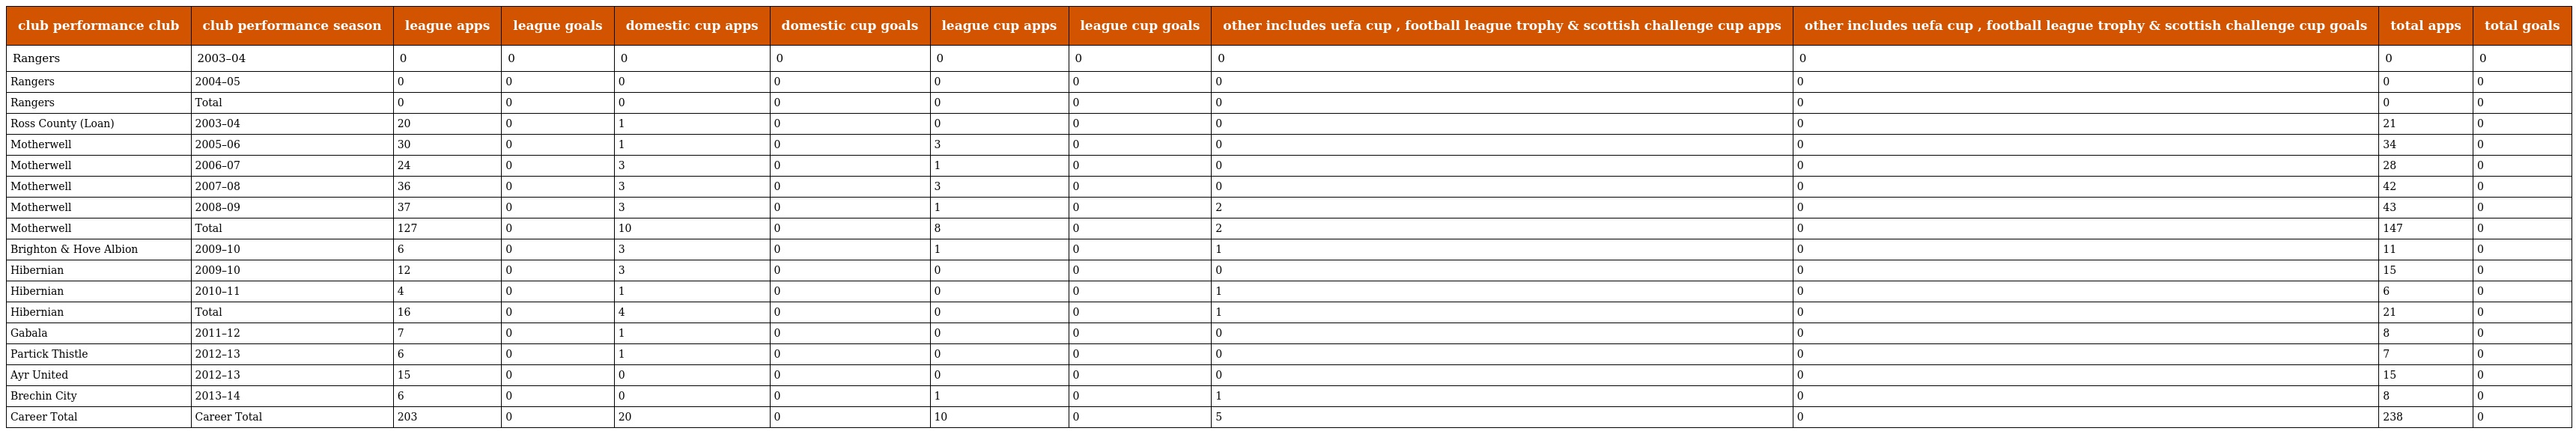
| club performance club | club performance season | league apps | league goals | domestic cup apps | domestic cup goals | league cup apps | league cup goals | other includes uefa cup , football league trophy & scottish challenge cup apps | other includes uefa cup , football league trophy & scottish challenge cup goals | total apps | total goals |
 | --- | --- | --- | --- | --- | --- | --- | --- | --- | --- | --- | --- |
 | Rangers | 2003–04 | 0 | 0 | 0 | 0 | 0 | 0 | 0 | 0 | 0 | 0 |
 | Rangers | 2004–05 | 0 | 0 | 0 | 0 | 0 | 0 | 0 | 0 | 0 | 0 |
 | Rangers | Total | 0 | 0 | 0 | 0 | 0 | 0 | 0 | 0 | 0 | 0 |
 | Ross County (Loan) | 2003–04 | 20 | 0 | 1 | 0 | 0 | 0 | 0 | 0 | 21 | 0 |
 | Motherwell | 2005–06 | 30 | 0 | 1 | 0 | 3 | 0 | 0 | 0 | 34 | 0 |
 | Motherwell | 2006–07 | 24 | 0 | 3 | 0 | 1 | 0 | 0 | 0 | 28 | 0 |
 | Motherwell | 2007–08 | 36 | 0 | 3 | 0 | 3 | 0 | 0 | 0 | 42 | 0 |
 | Motherwell | 2008–09 | 37 | 0 | 3 | 0 | 1 | 0 | 2 | 0 | 43 | 0 |
 | Motherwell | Total | 127 | 0 | 10 | 0 | 8 | 0 | 2 | 0 | 147 | 0 |
 | Brighton & Hove Albion | 2009–10 | 6 | 0 | 3 | 0 | 1 | 0 | 1 | 0 | 11 | 0 |
 | Hibernian | 2009–10 | 12 | 0 | 3 | 0 | 0 | 0 | 0 | 0 | 15 | 0 |
 | Hibernian | 2010–11 | 4 | 0 | 1 | 0 | 0 | 0 | 1 | 0 | 6 | 0 |
 | Hibernian | Total | 16 | 0 | 4 | 0 | 0 | 0 | 1 | 0 | 21 | 0 |
 | Gabala | 2011–12 | 7 | 0 | 1 | 0 | 0 | 0 | 0 | 0 | 8 | 0 |
 | Partick Thistle | 2012–13 | 6 | 0 | 1 | 0 | 0 | 0 | 0 | 0 | 7 | 0 |
 | Ayr United | 2012–13 | 15 | 0 | 0 | 0 | 0 | 0 | 0 | 0 | 15 | 0 |
 | Brechin City | 2013–14 | 6 | 0 | 0 | 0 | 1 | 0 | 1 | 0 | 8 | 0 |
 | Career Total | Career Total | 203 | 0 | 20 | 0 | 10 | 0 | 5 | 0 | 238 | 0 |